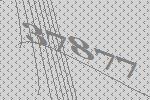
37877